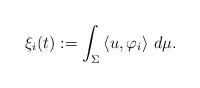
LaTeX: \begin{align*}\xi_i(t):=\int_\Sigma \left\langle u,\varphi_{i}\right\rangle \, d\mu. \end{align*}